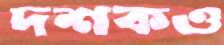
দশকও